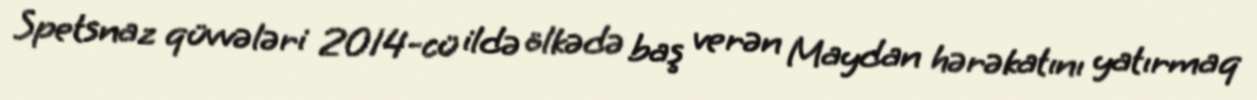
Spetsnaz qüvvələri 2014-cü ildə ölkədə baş verən Maydan hərəkatını yatırmaq